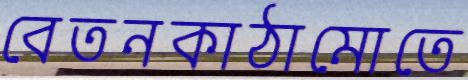
বেতনকাঠামোতে